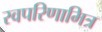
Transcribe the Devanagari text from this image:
स्वपरिणामित्र